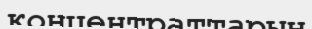
қонцентраттарын